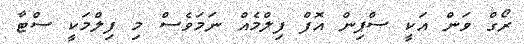
ރޯގް ވަން އަކީ ސްޕިން އޮފް ފިލްމެއް ނަމަވެސް މި ފިލްމަކީ ސްޓާ